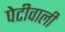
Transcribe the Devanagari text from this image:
पेटीवाली